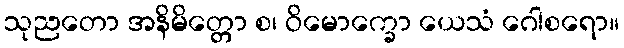
သုညတော အနိမိတ္တော စ၊ ဝိမောက္ခော ယေသံ ဂေါစရော။